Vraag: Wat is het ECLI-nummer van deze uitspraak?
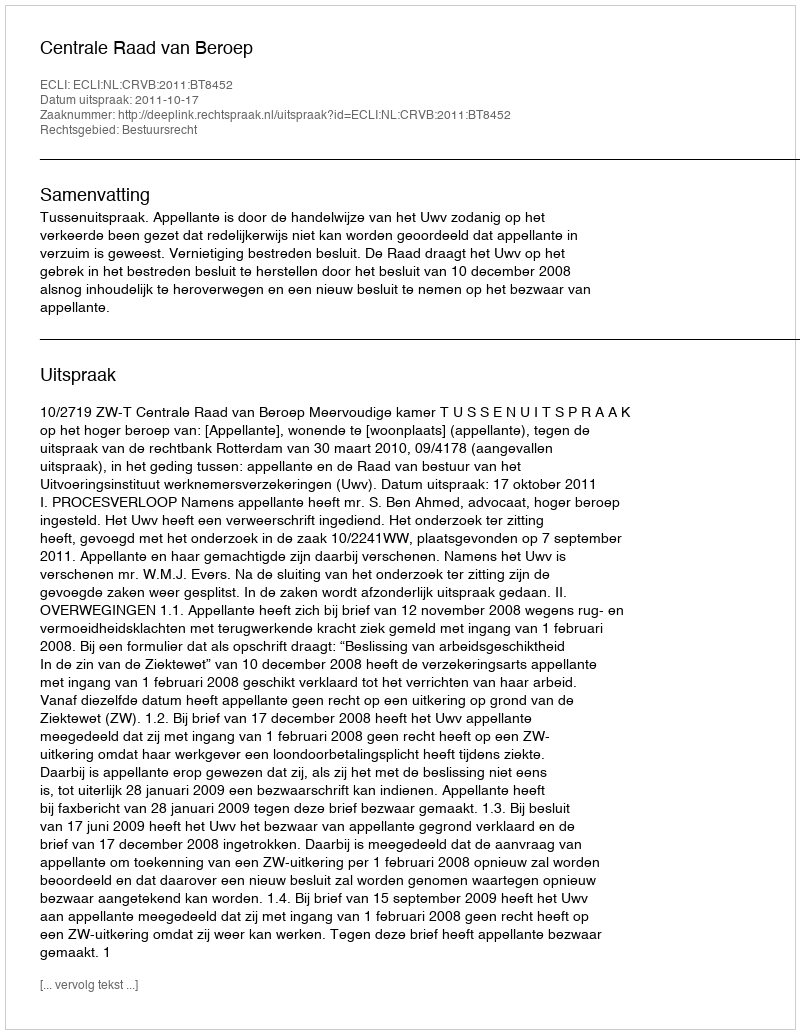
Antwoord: ECLI:NL:CRVB:2011:BT8452